Indian journal of veterinary science and animal husbandry - Volumes 18-21, 1948-1951
Year: 1948
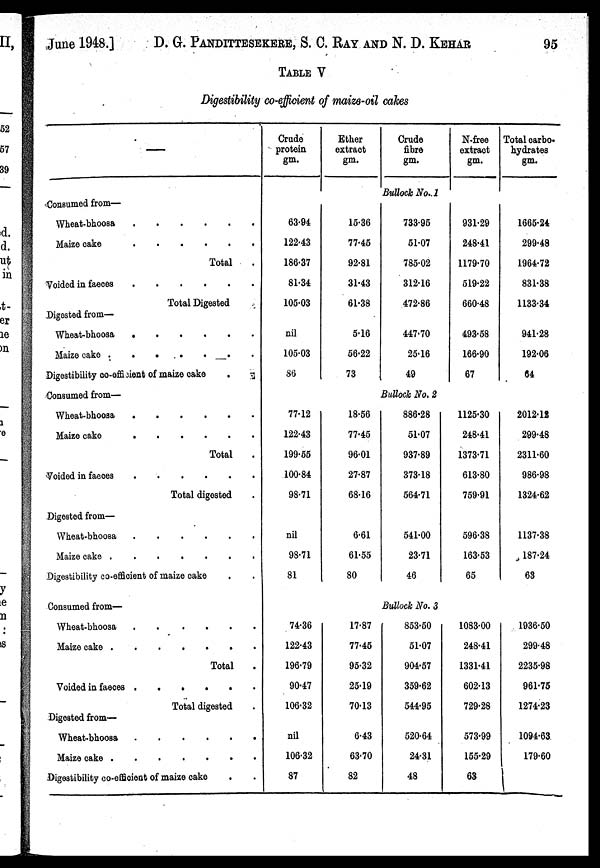
June 1948.]
D. G. PANDITTESEKERE, S. C. RAY AND N. D. KEHAR 95
TABLE V
Digestibility co-efficient of maize-oil cakes
—
Consumed from—
Wheat-bhoosa
.
.
.
.
.
.
Maize cake
.
.
.
.
.
.
Total .
Voided in faeces
.
.
.
.
.
.
Total Digested
Digested from—
Wheat-bhoosa
.
.
.
.
.
.
Maize cake
.
.
.
.
.
.
Digestibility co-efficient of maize cake
.
.
Consumed from—
Wheat-bhoosa
.
.
.
.
.
.
Maize cake
.
.
.
.
.
.
Total .
Voided in faeces
.
.
.
.
.
.
Total digested .
Digested from—
Wheat-bhoosa
.
.
.
.
.
.
Maize cake
.
.
.
.
.
.
Digestibility co-efficient of maize cake . .
Consumed from—
Wheat-bhoosa
.
.
.
.
.
.
Maize cake
.
.
.
.
.
.
Total .
Voided in faeces
.
.
.
.
.
.
Total digested .
Digested from—
Wheat-bhoosa
.
.
.
.
.
.
Maize cake
.
.
.
.
.
.
Digestibility co-efficient of maize cake . .
Crude
protein
gm.
Ether
extract
gm.
Crude
fibre
gm.
N-free
extract
gm.
Total carbo¬
hydrates
gm.
Bullock No.1
63.94
122.43
186.37
81.34
105.03
nil
105.03
86
15.36
77.45
92.81
31.43
61.38
5.16
56.22
73
733.95
51.07
785.02
312.16
472.86
447.70
25.16
49
931.29
248.41
1179.70
519.22
660.48
493.58
166.90
67
1665.24
299.48
1964.72
831.38
1133.34
941.28
192.06
64
Bullock No. 2
77.12
122.43
199.55
100.84
98.71
nil
98.71
81
18.56
77.45
96.01
27.87
68.16
6.61
61.55
80
886.28
51.07
937.89
373.18
564.71
541.00
23.71
46
1125.30
248.41
1373.71
613.80
759.91
596.38
163.53
65
2012.12
299.48
2311.60
986.98
1324.62
1137.38
187.24
63
Bullock No. 3
74.36
122.43
196.79
90.47
106.32
nil
106.32
87
17.87
77.45
95.32
25.19
70.13
6.43
63.70
82
853.50
51.07
904.57
359.62
544.95
520.64
24.31
48
1083.00
248.41
1331.41
602.13
729.28
573.99
155.29
63
1936.50
299.48
2235.98
961.75
1274.23
1094.63
179.60